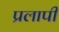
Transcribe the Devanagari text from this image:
प्रलापी